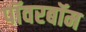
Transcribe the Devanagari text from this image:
पॉवरबॉम